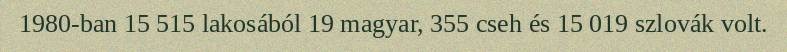
1980-ban 15 515 lakosából 19 magyar, 355 cseh és 15 019 szlovák volt.